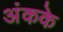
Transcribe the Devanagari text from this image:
अंकके